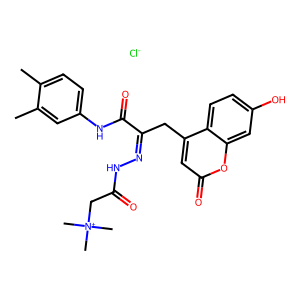
SMILES: Cc1ccc(NC(=O)C(Cc2cc(=O)oc3cc(O)ccc23)=NNC(=O)C[N+](C)(C)C)cc1C.[Cl-]
Inhibits HIV replication: No